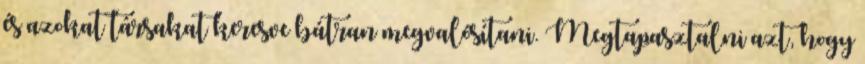
és azokat társakat keresve bátran megvalósítani. Megtapasztalni azt, hogy